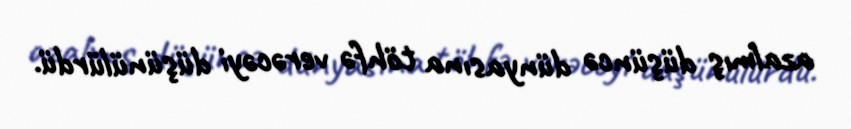
azalmış düşüncə dünyasına töhfə verəcəyi düşünülürdü.